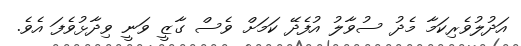
އަދުލުވެރިކަމާ މެދު ސުވާލު އުފެދޭ ކަމަށް ވެސް ގާޒީ ވަނީ ވިދާޅުވެފަ އެވެ.